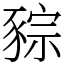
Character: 䝋